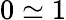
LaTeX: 0\simeq 1